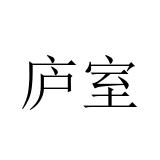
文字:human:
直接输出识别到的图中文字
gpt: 庐室